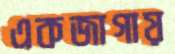
একজাগায়